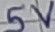
Text: 5V